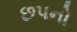
છપનો